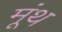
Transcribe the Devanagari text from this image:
मूंथ